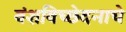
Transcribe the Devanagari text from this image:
वंशविच्छेदनाचे